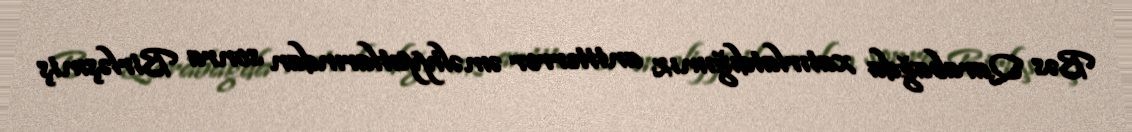
Bəs Qarabağda xatırlatdığımız anti­terror əməliyyatlarından sonra Birləşmiş